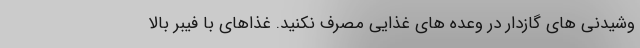
وشیدنی های گازدار در وعده های غذایی مصرف نکنید. غذاهای با فیبر بالا